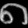
Digit: ၈